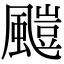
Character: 𩘥